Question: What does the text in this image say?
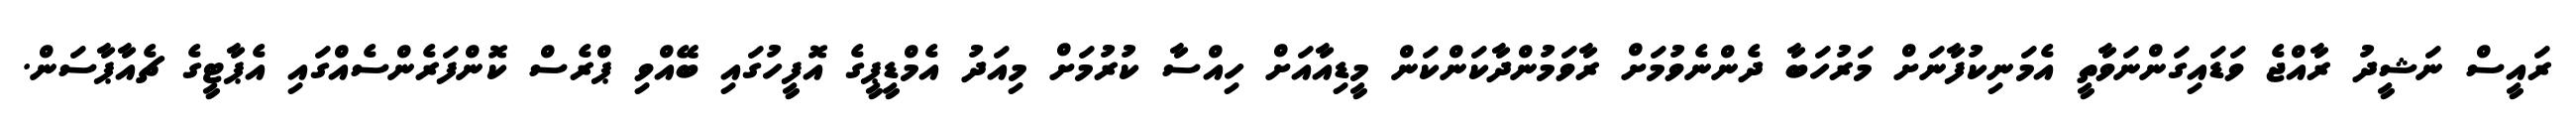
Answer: ރައީސް ނަޝީދު ރާއްޖެ ވަޑައިގަންނަވާތީ އެމަނިކުފާނަށް މަރުހަބާ ދެންނެވުމަށް ރާވަމުންދާކަންކަން މީޑިއާއަށް ހިއްސާ ކުރުމަށް މިއަދު އެމްޑީޕީގެ އޮފީހުގައި ބޭއްވި ޕްރެސް ކޮންފަރެންސެއްގައި އެޕާޓީގެ ޗެއާޕާސަން.